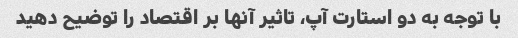
با توجه به دو استارت آپ، تاثیر آنها بر اقتصاد را توضیح دهید